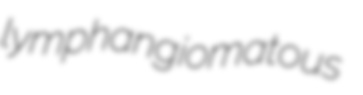
lymphangiomatous